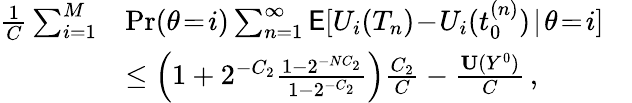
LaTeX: \begin{array}{rlr}{\frac{1}{C}\sum_{i=1}^{M}}&{\operatorname*{Pr}(\theta\! =\! i)\sum_{n=1}^{\infty}\mathsf{E}[U_{i}(T_{n})\! -\! U_{i}(t_{0}^{(n)})\! \mid\! \theta\! =\! i]}&\\ &{\le\left(1+2^{-C_{2}}\frac{1-2^{-NC_{2}}}{1-2^{-C_{2}}}\right)\frac{C_{2}}{C}-\frac{\mathbf{U}(Y^{0})}{C}\, ,}&\end{array}